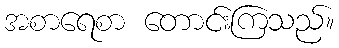
အစာရေစာ တောင်းကြသည်။